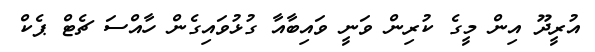
އުރީދޫ އިން މީގެ ކުރިން ވަނީ ވައިބާއާ ގުޅުވައިގެން ހާއްސަ ޗެޓް ޕެކް